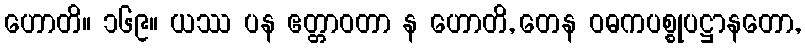
ဟောတိ။ ၁၆၉။ ယဿ ပန ဧတ္တာဝတာ န ဟောတိ, တေန ဝဓကပစ္စုပဋ္ဌာနတော,